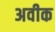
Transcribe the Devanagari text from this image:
अवीक